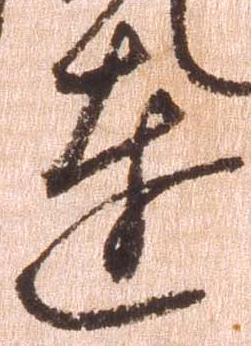
達